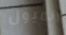
الميول